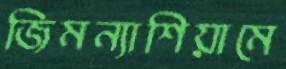
জিমন্যাশিয়ামে